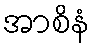
အာစိနံ